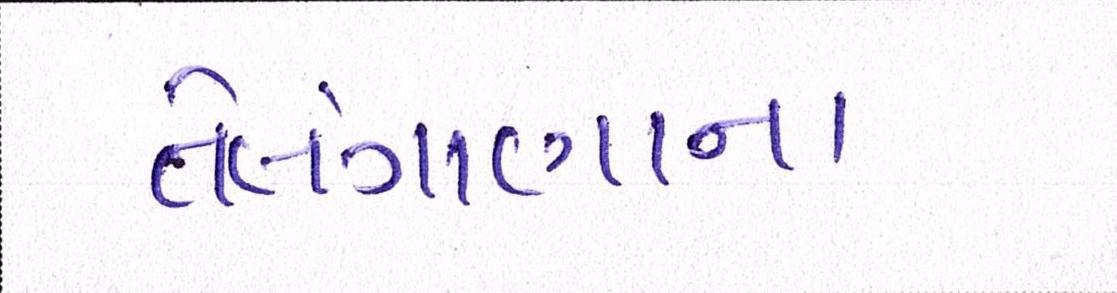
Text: તેલંગાણાના